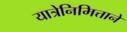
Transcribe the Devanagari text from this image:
यात्रेनिमित्ताने